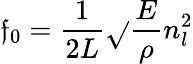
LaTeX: \mathfrak{f}_{0}=\frac{{1}}{{2L}}\sqrt{}{{\frac{{E}}{{\rho}}n_{l}^{2}}}